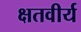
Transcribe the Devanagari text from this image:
क्षतवीर्य